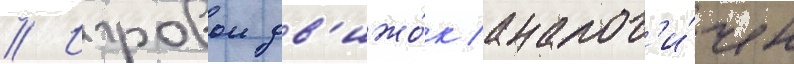
// Игровои дв'ижо́к аналог'и́чен